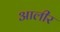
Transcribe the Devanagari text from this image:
आलीर